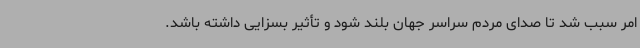
امر سبب شد تا صدای مردم سراسر جهان بلند شود و تأثیر بسزایی داشته باشد.